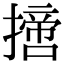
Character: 𢴨